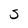
Character: S